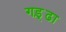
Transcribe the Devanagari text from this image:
गड़्ढा